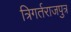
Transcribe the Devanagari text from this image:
त्रिगर्तराजपुत्र